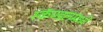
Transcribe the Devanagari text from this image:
स्कॅण्डलमध्ये